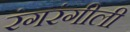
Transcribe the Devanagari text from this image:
रंगरंगीली